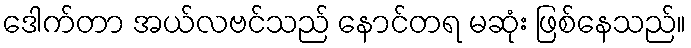
ဒေါက်တာ အယ်လဗင်သည် နောင်တရ မဆုံး ဖြစ်နေသည်။